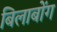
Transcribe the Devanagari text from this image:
बिलाबोंग